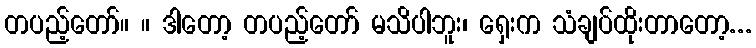
တပည့်တော်။ ။ ဒါတော့ တပည့်တော် မသိပါဘူး၊ ရှေးက သံချပ်ထိုးတာတော့...